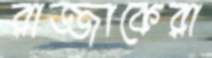
রাজ্জাকেরা